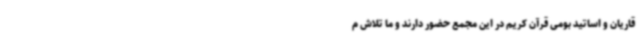
قاریان و اساتید بومی قرآن کریم در این مجمع حضور دارند و ما تلاش م